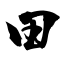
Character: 田